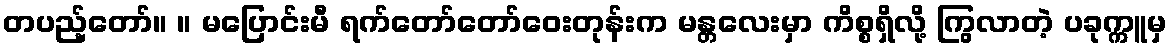
တပည့်တော်။ ။ မပြောင်းမီ ရက်တော်တော်ဝေးတုန်းက မန္တလေးမှာ ကိစ္စရှိလို့ ကြွလာတဲ့ ပခုက္ကူမှ